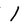
Character: I